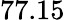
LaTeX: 77.15